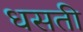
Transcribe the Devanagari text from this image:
धसती